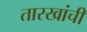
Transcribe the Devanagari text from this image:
तारखांची